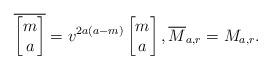
LaTeX: \begin{align*}\overline{\begin{bmatrix}m\\a\end{bmatrix}} =v^{2a(a-m)} \begin{bmatrix}m\\a\end{bmatrix}, \overline{M}_{a,r} =M_{a,r}. \end{align*}